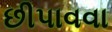
છીપાવવા